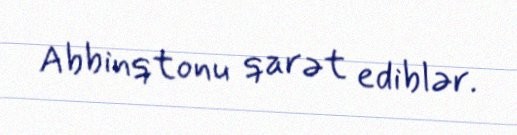
Abbinqtonu qarət ediblər.